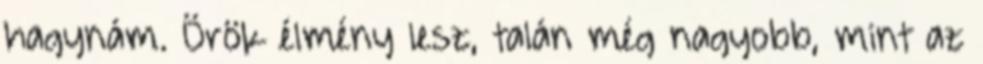
hagynám. Örök élmény lesz, talán még nagyobb, mint az